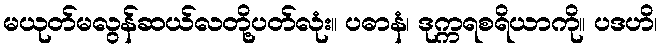
မယုတ်မလွန်ဆယ်လတို့ပတ်လုံး။ ပဓာနံ၊ ဒုက္ကရစရိယာကို။ ပဒဟိ၊